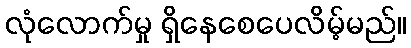
လုံလောက်မှု ရှိနေစေပေလိမ့်မည်။